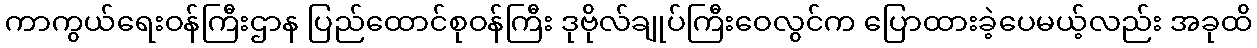
ကာကွယ်ရေးဝန်ကြီးဌာန ပြည်ထောင်စုဝန်ကြီး ဒုဗိုလ်ချုပ်ကြီးဝေလွင်က ပြောထားခဲ့ပေမယ့်လည်း အခုထိ